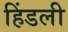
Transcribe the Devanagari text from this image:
हिंडली